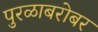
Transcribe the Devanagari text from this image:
पुरळाबरोबर